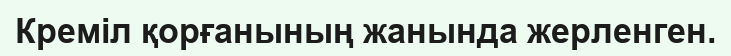
Креміл қорғанының жанында жерленген.